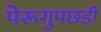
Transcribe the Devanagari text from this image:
पेरूगुपछड़ी